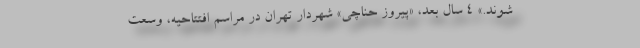
شوند.» 4 سال بعد، «پيروز حناچي» شهردار تهران در مراسم افتتاحيه، وسعت